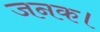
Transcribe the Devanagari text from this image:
जनक।